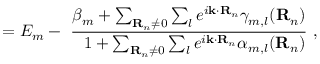
= E _ { m } - \ { \frac { \beta _ { m } + \sum _ { \mathbf { R } _ { n } \neq 0 } \sum _ { l } e ^ { i \mathbf { k } \cdot \mathbf { R } _ { n } } \gamma _ { m , l } ( \mathbf { R } _ { n } ) } { \ \ 1 + \sum _ { \mathbf { R } _ { n } \neq 0 } \sum _ { l } e ^ { i \mathbf { k } \cdot \mathbf { R } _ { n } } \alpha _ { m , l } ( \mathbf { R } _ { n } ) } } \ ,